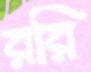
ররি